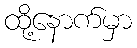
ထို့နောက်မှာ